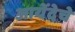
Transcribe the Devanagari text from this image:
आयेंदेचे